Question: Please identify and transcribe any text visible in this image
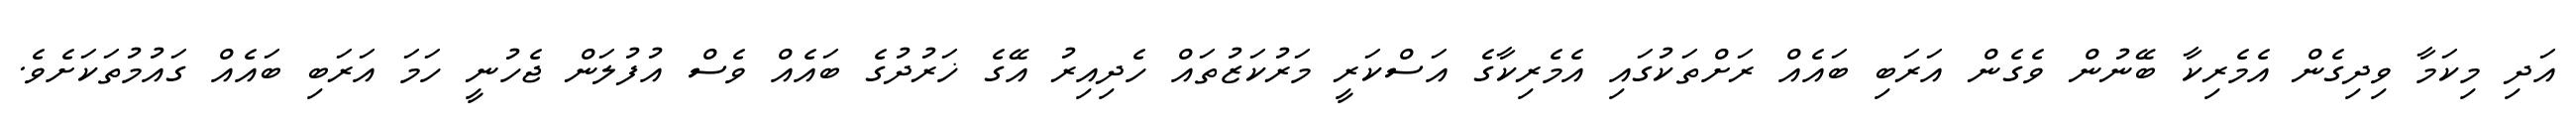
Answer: އަދި މިކަމާ ވިދިގެން އެމެރިކާ ބޭނުން ވެގެން އަރަބި ބައެއް ރަށްތަކުގައި އެމެރިކާގެ އަސްކަރީ މަރުކަޒުތައް ހެދިއިރު އޭގެ ޚަރުދުގެ ބައެއް ވެސް އުފުލަން ޖެހުނީ ހަމަ އަރަބި ބައެއް ގައުމުތަކަށެވެ.